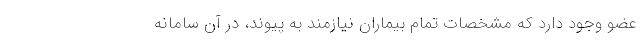
عضو وجود دارد که مشخصات تمام بیماران نیازمند به پیوند، در آن سامانه